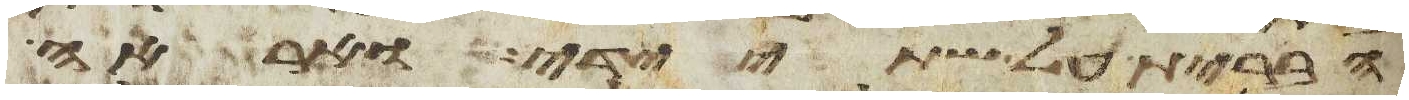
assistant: הברית על שתי ידי ואראה